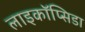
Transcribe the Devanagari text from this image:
लाइकॉप्सिडा